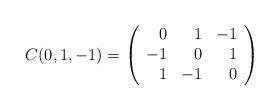
LaTeX: \begin{align*}C(0,1,-1)=\left(\begin{array}{rrr} 0 & 1 & -1 \\ -1 & 0 & 1 \\ 1 & -1 & 0 \\\end{array}\right)\end{align*}